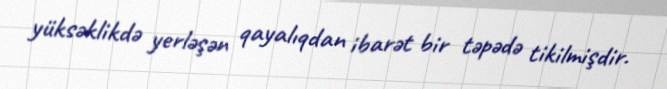
yüksəklikdə yerləşən qayalıqdan ibarət bir təpədə tikilmişdir.